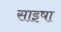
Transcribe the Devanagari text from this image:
साइषा